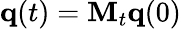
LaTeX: {\mathbf q}(t)={\mathbf M}_{t}{\mathbf q}(0)